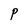
Character: P